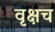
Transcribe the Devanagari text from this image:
वृक्षच